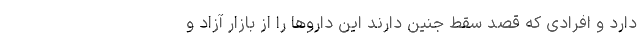
دارد و افرادی که قصد سقط جنین دارند این داروها را از بازار آزاد و